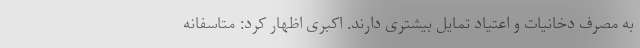
به مصرف دخانیات و اعتیاد تمایل بیشتری دارند. اکبری اظهار کرد: متاسفانه